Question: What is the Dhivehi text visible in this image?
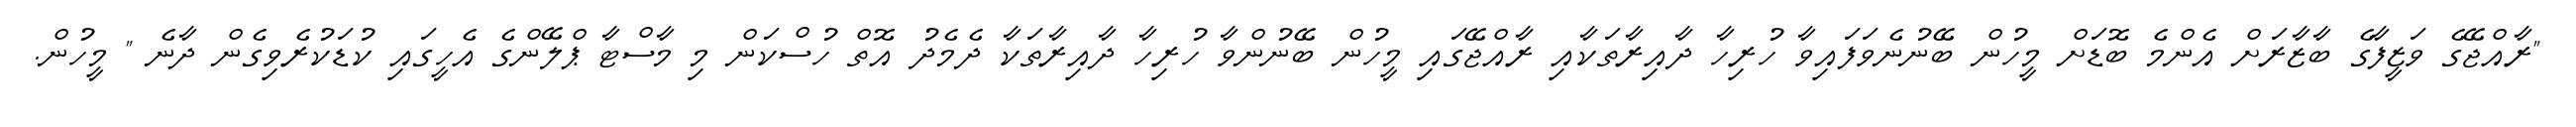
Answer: "ރާއްޖޭގެ ވަޒީފާގެ ބާޒާރަށް އެންމެ ބޮޑަށް މީހުން ބޭނުނެވަފައިވާ ހުރިހާ ދާއިރާތަކާއި ރާއްޖޭގައި މީހުން ބޭނުންވާ ހުރިހާ ދާއިރާތަކާ ދެމެދު އޮތް ހުސްކަން މި މާސްޓާ ޕްލޭންގެ އެހީގައި ކުޑަކުރެވިގެން ދާނެ " މީހުން.